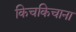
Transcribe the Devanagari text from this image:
किचकिचाना